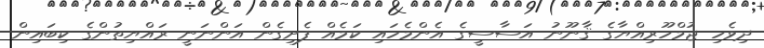
ދިވެހި ޖުމްހޫރިއްޔާގެ ޤާނޫނު އަސާސީގެ އެންމެހައި ކަމެއް ފެށިގެން އަންނަނީ ރައްޔިތުންގެ ކިބައިން